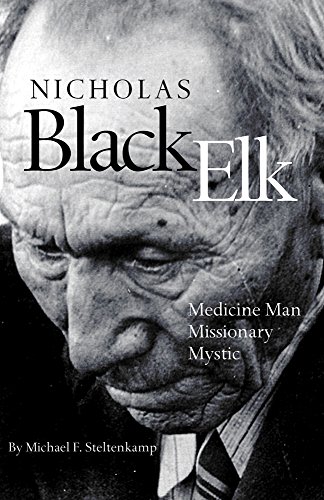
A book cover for Nicholas Black Elk: Medicine Man, Missionary, Mystic; Michael F. Steltenkamp; Biographies & Memoirs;